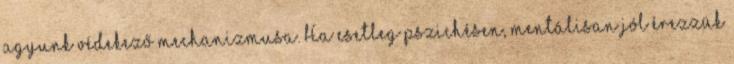
agyunk védekező mechanizmusa. Ha esetleg pszichésen, mentálisan jól érezzük